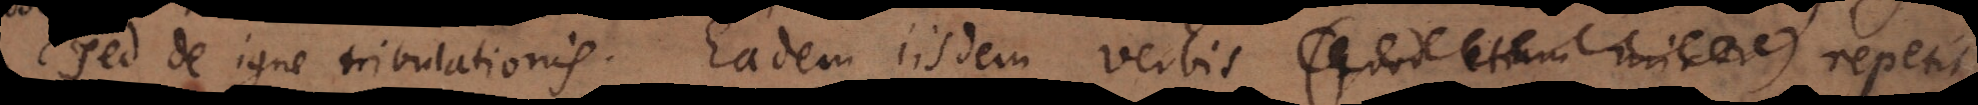
sed de igne tribulationis. Eadem iisdem verbis (quod etiam